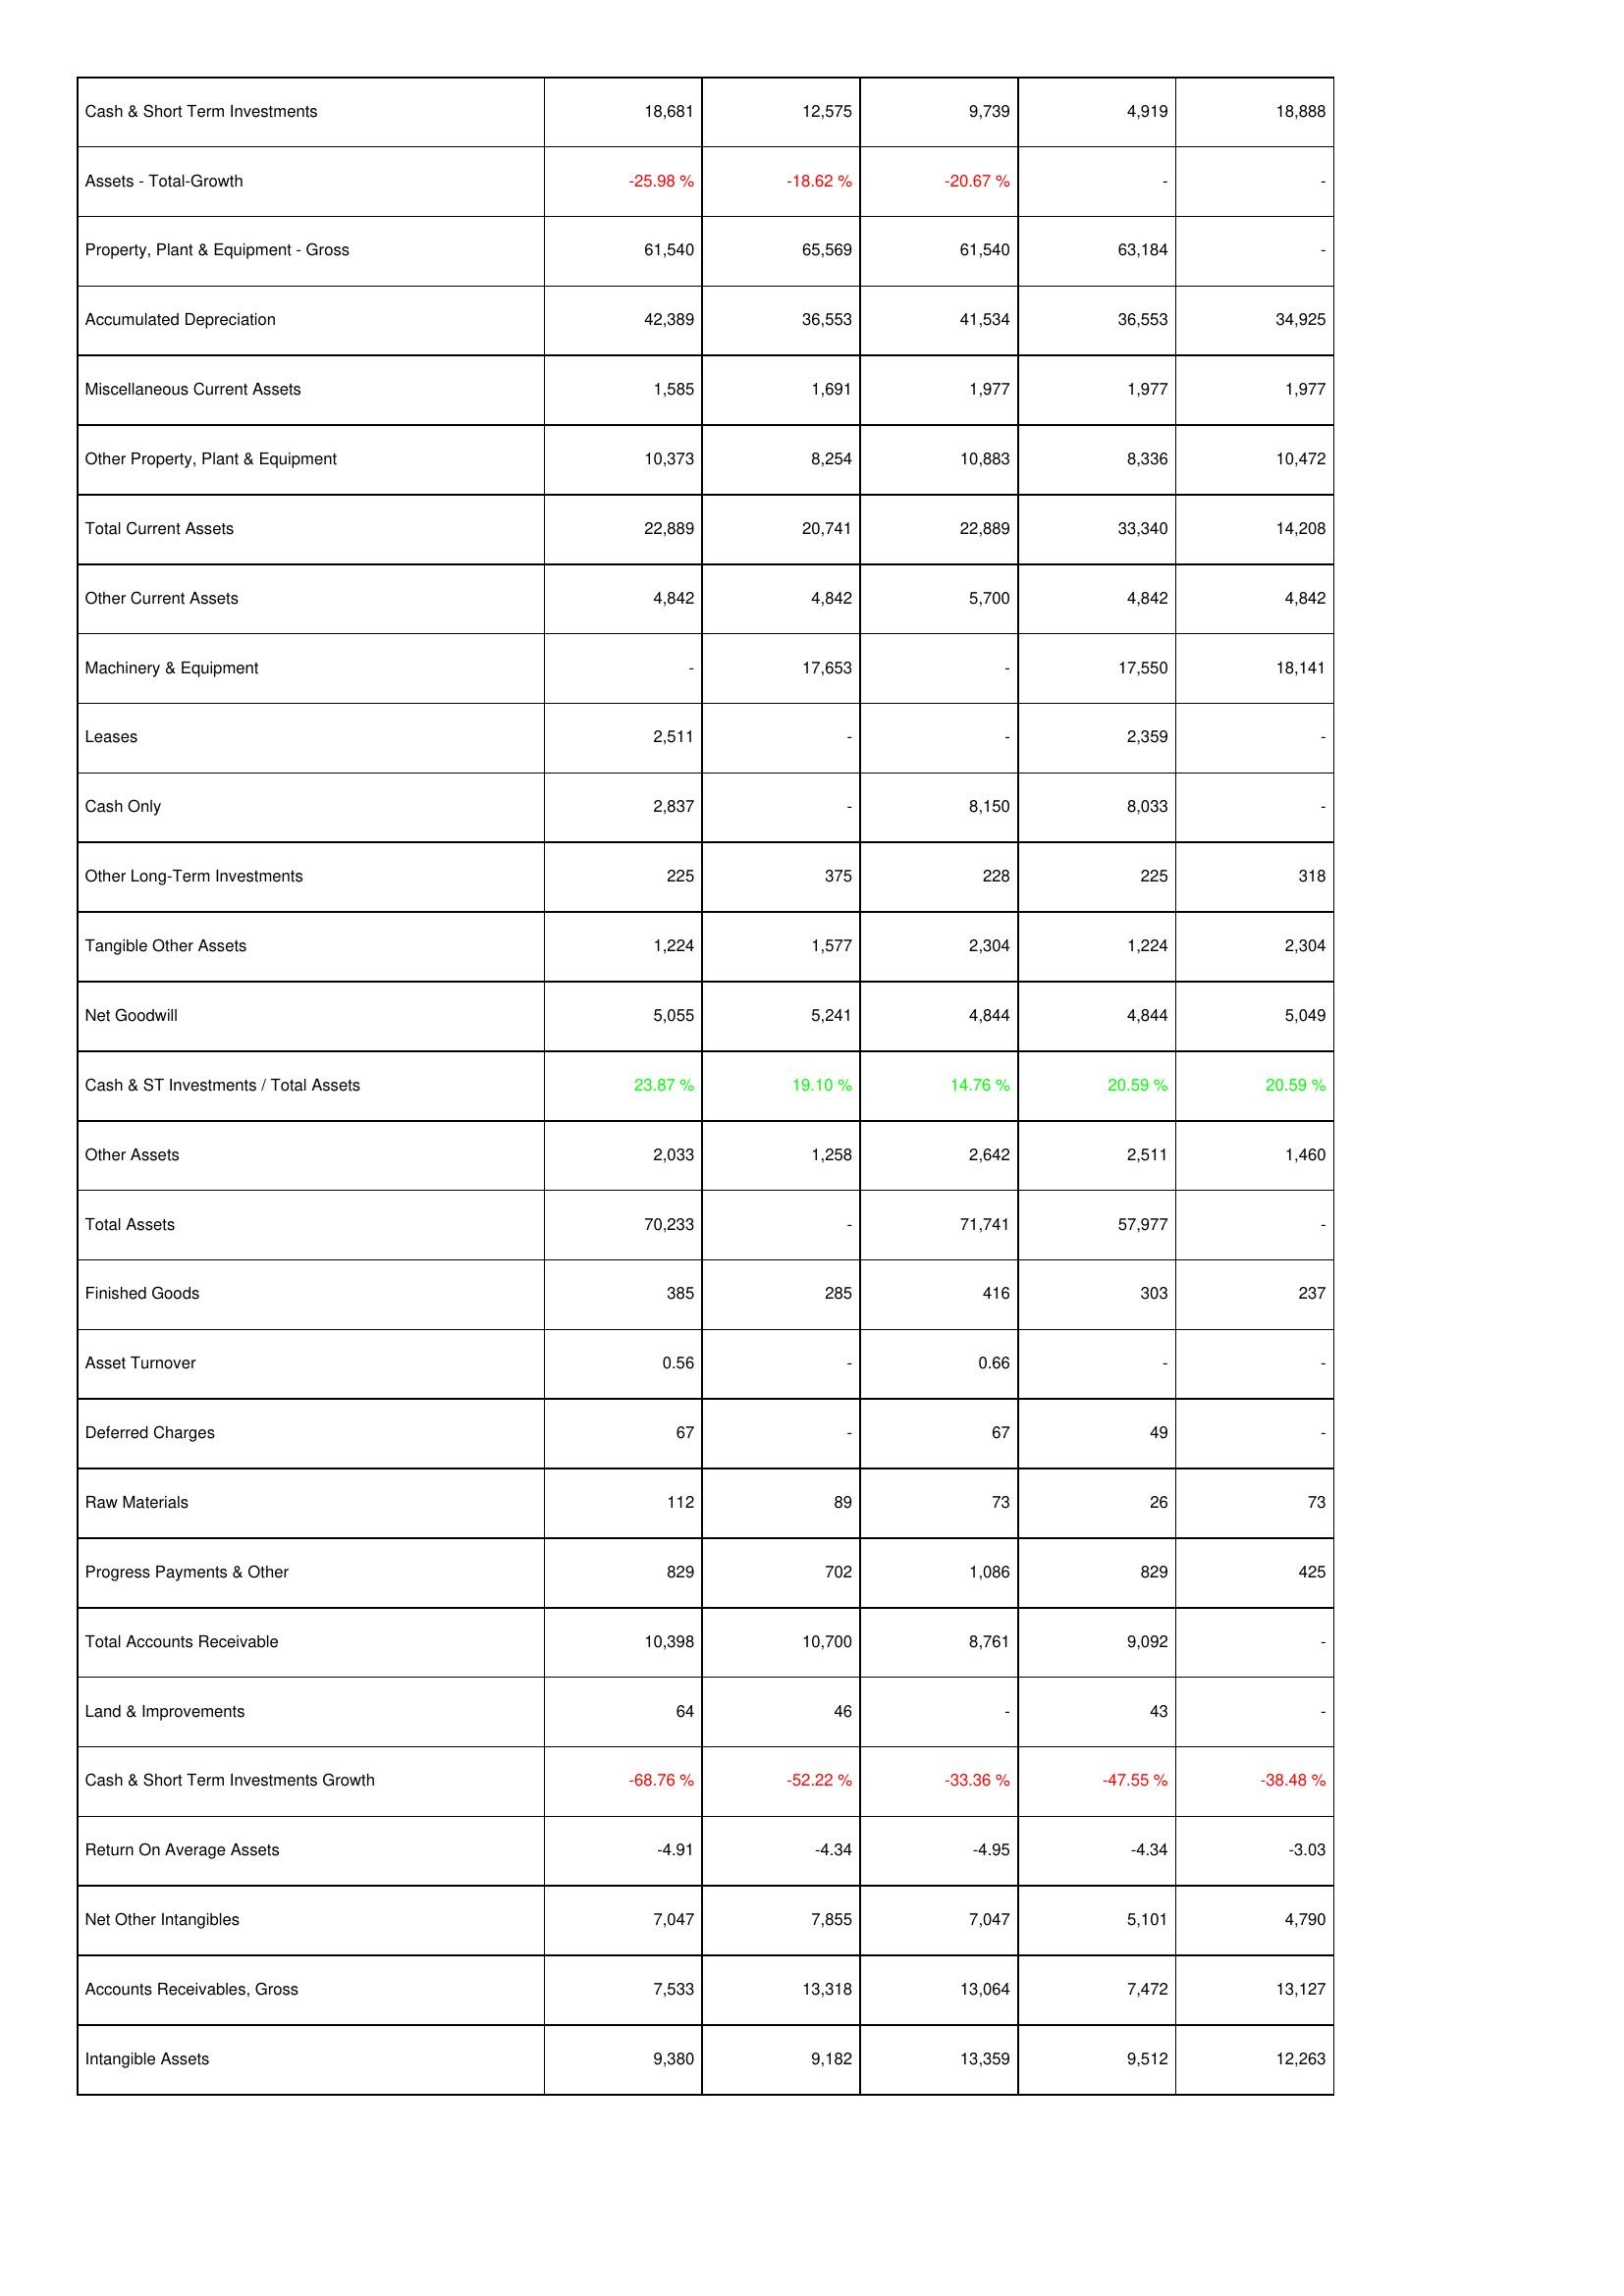
2021: Assets: Cash & Short Term Investments: 18,681
Assets - Total-Growth: -25.98 %
Property, Plant & Equipment - Gross: 61,540
Accumulated Depreciation: 42,389
Miscellaneous Current Assets: 1,585
Other Property, Plant & Equipment: 10,373
Total Current Assets: 22,889
Other Current Assets: 4,842
Machinery & Equipment: -
Leases: 2,511
Cash Only: 2,837
Other Long-Term Investments: 225
Tangible Other Assets: 1,224
Net Goodwill: 5,055
Cash & ST Investments / Total Assets: 23.87 %
Other Assets: 2,033
Total Assets: 70,233
Finished Goods: 385
Asset Turnover: 0.56
Deferred Charges: 67
Raw Materials: 112
Progress Payments & Other: 829
Total Accounts Receivable: 10,398
Land & Improvements: 64
Cash & Short Term Investments Growth: -68.76 %
Return On Average Assets: -4.91
Net Other Intangibles: 7,047
Accounts Receivables, Gross: 7,533
Intangible Assets: 9,380
2022: Assets: Cash & Short Term Investments: 12,575
Assets - Total-Growth: -18.62 %
Property, Plant & Equipment - Gross: 65,569
Accumulated Depreciation: 36,553
Miscellaneous Current Assets: 1,691
Other Property, Plant & Equipment: 8,254
Total Current Assets: 20,741
Other Current Assets: 4,842
Machinery & Equipment: 17,653
Leases: -
Cash Only: -
Other Long-Term Investments: 375
Tangible Other Assets: 1,577
Net Goodwill: 5,241
Cash & ST Investments / Total Assets: 19.10 %
Other Assets: 1,258
Total Assets: -
Finished Goods: 285
Asset Turnover: -
Deferred Charges: -
Raw Materials: 89
Progress Payments & Other: 702
Total Accounts Receivable: 10,700
Land & Improvements: 46
Cash & Short Term Investments Growth: -52.22 %
Return On Average Assets: -4.34
Net Other Intangibles: 7,855
Accounts Receivables, Gross: 13,318
Intangible Assets: 9,182
2023: Assets: Cash & Short Term Investments: 9,739
Assets - Total-Growth: -20.67 %
Property, Plant & Equipment - Gross: 61,540
Accumulated Depreciation: 41,534
Miscellaneous Current Assets: 1,977
Other Property, Plant & Equipment: 10,883
Total Current Assets: 22,889
Other Current Assets: 5,700
Machinery & Equipment: -
Leases: -
Cash Only: 8,150
Other Long-Term Investments: 228
Tangible Other Assets: 2,304
Net Goodwill: 4,844
Cash & ST Investments / Total Assets: 14.76 %
Other Assets: 2,642
Total Assets: 71,741
Finished Goods: 416
Asset Turnover: 0.66
Deferred Charges: 67
Raw Materials: 73
Progress Payments & Other: 1,086
Total Accounts Receivable: 8,761
Land & Improvements: -
Cash & Short Term Investments Growth: -33.36 %
Return On Average Assets: -4.95
Net Other Intangibles: 7,047
Accounts Receivables, Gross: 13,064
Intangible Assets: 13,359
2024: Assets: Cash & Short Term Investments: 4,919
Assets - Total-Growth: -
Property, Plant & Equipment - Gross: 63,184
Accumulated Depreciation: 36,553
Miscellaneous Current Assets: 1,977
Other Property, Plant & Equipment: 8,336
Total Current Assets: 33,340
Other Current Assets: 4,842
Machinery & Equipment: 17,550
Leases: 2,359
Cash Only: 8,033
Other Long-Term Investments: 225
Tangible Other Assets: 1,224
Net Goodwill: 4,844
Cash & ST Investments / Total Assets: 20.59 %
Other Assets: 2,511
Total Assets: 57,977
Finished Goods: 303
Asset Turnover: -
Deferred Charges: 49
Raw Materials: 26
Progress Payments & Other: 829
Total Accounts Receivable: 9,092
Land & Improvements: 43
Cash & Short Term Investments Growth: -47.55 %
Return On Average Assets: -4.34
Net Other Intangibles: 5,101
Accounts Receivables, Gross: 7,472
Intangible Assets: 9,512
2025: Assets: Cash & Short Term Investments: 18,888
Assets - Total-Growth: -
Property, Plant & Equipment - Gross: -
Accumulated Depreciation: 34,925
Miscellaneous Current Assets: 1,977
Other Property, Plant & Equipment: 10,472
Total Current Assets: 14,208
Other Current Assets: 4,842
Machinery & Equipment: 18,141
Leases: -
Cash Only: -
Other Long-Term Investments: 318
Tangible Other Assets: 2,304
Net Goodwill: 5,049
Cash & ST Investments / Total Assets: 20.59 %
Other Assets: 1,460
Total Assets: -
Finished Goods: 237
Asset Turnover: -
Deferred Charges: -
Raw Materials: 73
Progress Payments & Other: 425
Total Accounts Receivable: -
Land & Improvements: -
Cash & Short Term Investments Growth: -38.48 %
Return On Average Assets: -3.03
Net Other Intangibles: 4,790
Accounts Receivables, Gross: 13,127
Intangible Assets: 12,263